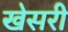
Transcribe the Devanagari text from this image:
खेसरी